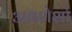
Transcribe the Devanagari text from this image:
अवशेशो